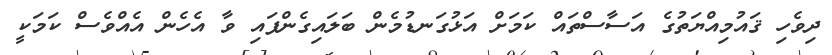
ދިވެހި ޤައުމިއްޔަތުގެ އަސާސްތައް ކަމަށް އަޅުގަނޑުމެން ބަލައިގެންފައި ވާ އެހެން އެއްވެސް ކަމަކީ